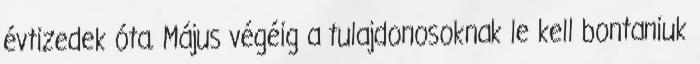
évtizedek óta. Május végéig a tulajdonosoknak le kell bontaniuk